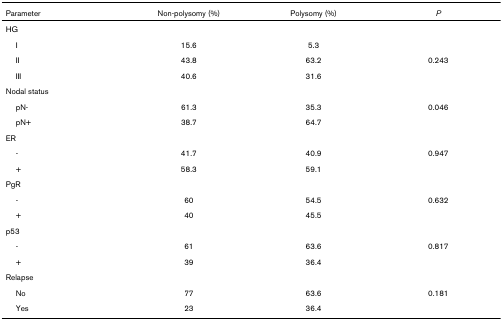
| Parameter | Non-polysomy (%) | Polysomy (%) | P |
 | --- | --- | --- | --- |
 | HG |  |  |  |
 | I | 15.6 | 5.3 |  |
 | II | 43.8 | 63.2 | 0.243 |
 | III | 40.6 | 31.6 |  |
 | Nodal status |  |  |  |
 | pN- | 61.3 | 35.3 | 0.046 |
 | pN+ | 38.7 | 64.7 |  |
 | ER |  |  |  |
 | - | 41.7 | 40.9 | 0.947 |
 | + | 58.3 | 59.1 |  |
 | PgR |  |  |  |
 | - | 60 | 54.5 | 0.632 |
 | + | 40 | 45.5 |  |
 | p53 |  |  |  |
 | - | 61 | 63.6 | 0.817 |
 | + | 39 | 36.4 |  |
 | Relapse |  |  |  |
 | No | 77 | 63.6 | 0.181 |
 | Yes | 23 | 36.4 |  |